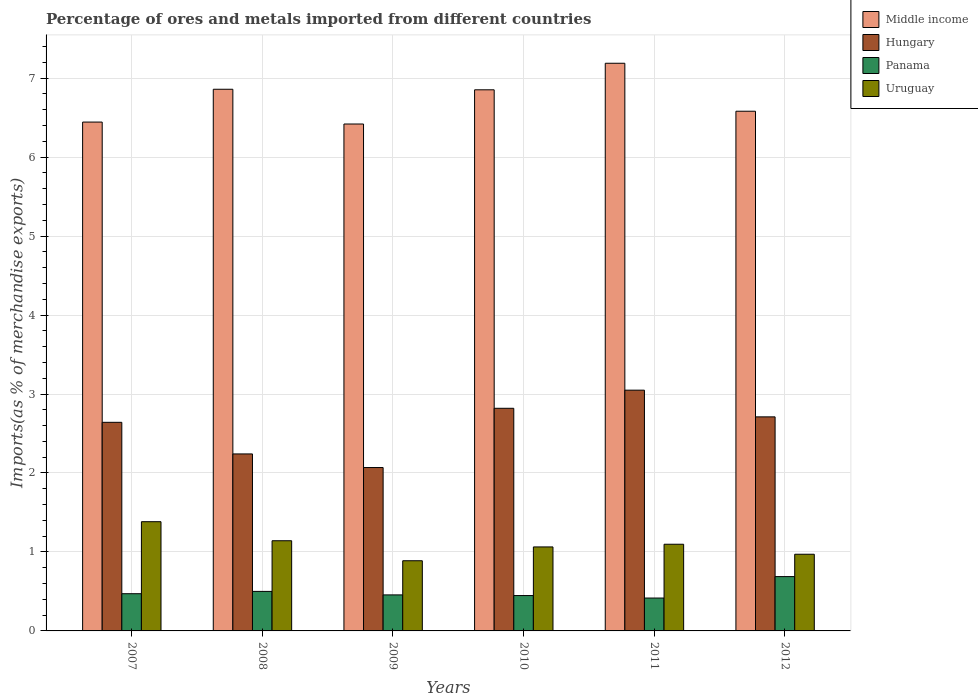
| Years | Middle income | Hungary | Panama | Uruguay |
 | --- | --- | --- | --- | --- |
 | 2007 | 6.44 | 2.64 | 0.471 | 1.38 |
 | 2008 | 6.86 | 2.24 | 0.501 | 1.14 |
 | 2009 | 6.42 | 2.07 | 0.456 | 0.889 |
 | 2010 | 6.85 | 2.82 | 0.448 | 1.06 |
 | 2011 | 7.19 | 3.05 | 0.416 | 1.1 |
 | 2012 | 6.58 | 2.71 | 0.688 | 0.971 |